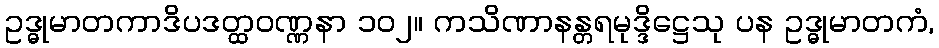
ဥဒ္ဓုမာတကာဒိပဒတ္ထဝဏ္ဏနာ ၁၀၂။ ကသိဏာနန္တရမုဒ္ဒိဋ္ဌေသု ပန ဥဒ္ဓုမာတကံ,